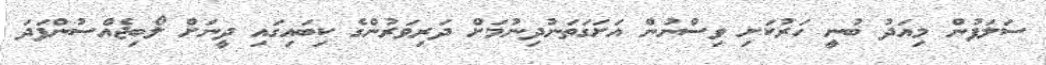
ސަލަފުން މިއަދު ބުނީ ހަރުކަށި ވިސްނުން އަށަގަތަނުދިނުމަށް ދަރިވަރުންގެ ކިބައިގައި ދީނަށް ލޯބިޖެއްސުންފަދަ